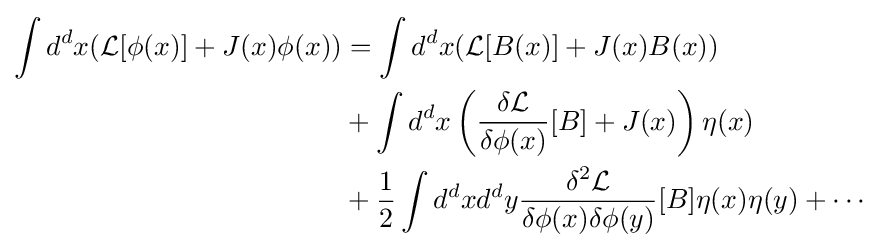
{\begin{aligned}\int d^{d}x({\mathcal {L}}[\phi (x)]+J(x)\phi (x))&=\int d^{d}x({\mathcal {L}}[B(x)]+J(x)B(x))\\&+\int d^{d}x\left({\frac {\delta {\mathcal {L}}}{\delta \phi (x)}}[B]+J(x)\right)\eta (x)\\&+{\frac {1}{2}}\int d^{d}xd^{d}y{\frac {\delta ^{2}{\mathcal {L}}}{\delta \phi (x)\delta \phi (y)}}[B]\eta (x)\eta (y)+\cdots \end{aligned}}